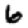
Digit: 6